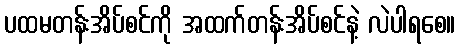
ပထမတန်းအိပ်စင်ကို အထက်တန်းအိပ်စင်နဲ့ လဲပါရစေ။